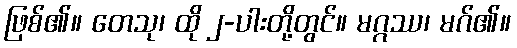
ဖြစ်၏။ တေသု၊ ထို ၂-ပါးတို့တွင်။ မဂ္ဂဿ၊ မဂ်၏။